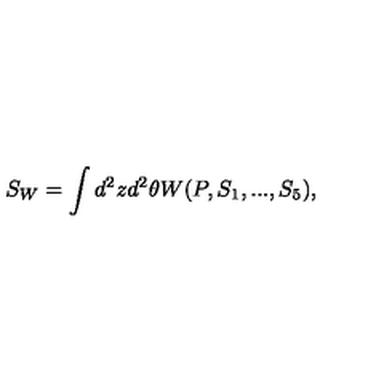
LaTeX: S _ { W } = \int d ^ { 2 } z d ^ { 2 } \theta W ( P , S _ { 1 } , . . . , S _ { 5 } ) ,